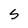
Character: 5